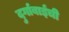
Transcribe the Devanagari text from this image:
दुर्गाबाईंची